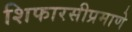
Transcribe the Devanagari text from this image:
शिफारसीप्रमाणे